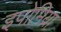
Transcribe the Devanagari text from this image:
इपोमिया